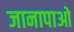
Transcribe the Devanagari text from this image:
जानापाओ